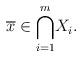
LaTeX: \begin{align*}\overline{x}\in \overset{m}{\underset{i=1}{\bigcap}}X_i.\end{align*}